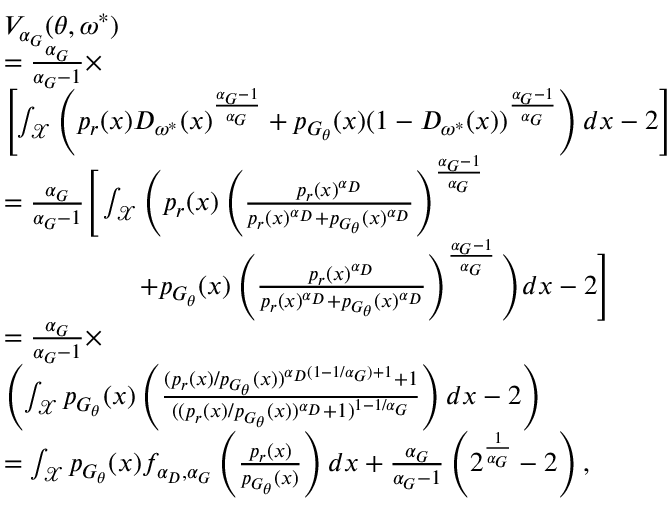
\begin{array} { r l } & { V _ { \alpha _ { G } } ( \theta , \omega ^ { * } ) } \\ & { = \frac { \alpha _ { G } } { \alpha _ { G } - 1 } \times } \\ & { \left[ \int _ { \mathcal { X } } \left( p _ { r } ( x ) D _ { \omega ^ { * } } ( x ) ^ { \frac { \alpha _ { G } - 1 } { \alpha _ { G } } } + p _ { G _ { \theta } } ( x ) ( 1 - D _ { \omega ^ { * } } ( x ) ) ^ { \frac { \alpha _ { G } - 1 } { \alpha _ { G } } } \right) d x - 2 \right] } \\ & { = \frac { \alpha _ { G } } { \alpha _ { G } - 1 } \Bigg [ \int _ { \mathcal { X } } \Bigg ( p _ { r } ( x ) \left( \frac { p _ { r } ( x ) ^ { \alpha _ { D } } } { p _ { r } ( x ) ^ { \alpha _ { D } } + p _ { G _ { \theta } } ( x ) ^ { \alpha _ { D } } } \right) ^ { \frac { \alpha _ { G } - 1 } { \alpha _ { G } } } } \\ & { \qquad \qquad \quad + p _ { G _ { \theta } } ( x ) \left( \frac { p _ { r } ( x ) ^ { \alpha _ { D } } } { p _ { r } ( x ) ^ { \alpha _ { D } } + p _ { G _ { \theta } } ( x ) ^ { \alpha _ { D } } } \right) ^ { \frac { \alpha _ { G } - 1 } { \alpha _ { G } } } \Bigg ) d x - 2 \Bigg ] } \\ & { = \frac { \alpha _ { G } } { \alpha _ { G } - 1 } \times } \\ & { \left( \int _ { \mathcal { X } } p _ { G _ { \theta } } ( x ) \left( \frac { ( p _ { r } ( x ) / p _ { G _ { \theta } } ( x ) ) ^ { \alpha _ { D } ( 1 - 1 / \alpha _ { G } ) + 1 } + 1 } { ( ( p _ { r } ( x ) / p _ { G _ { \theta } } ( x ) ) ^ { \alpha _ { D } } + 1 ) ^ { 1 - 1 / \alpha _ { G } } } \right) d x - 2 \right) } \\ & { = \int _ { \mathcal { X } } p _ { G _ { \theta } } ( x ) f _ { \alpha _ { D } , \alpha _ { G } } \left( \frac { p _ { r } ( x ) } { p _ { G _ { \theta } } ( x ) } \right) d x + \frac { \alpha _ { G } } { \alpha _ { G } - 1 } \left( 2 ^ { \frac { 1 } { \alpha _ { G } } } - 2 \right) , } \end{array}